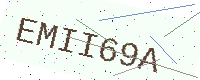
Text: EMII69A